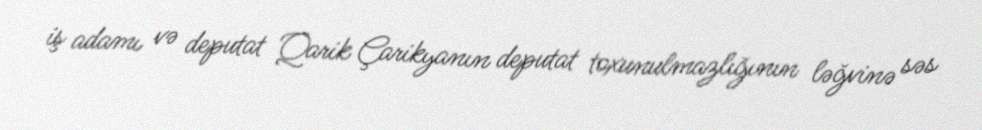
iş adamı və deputat Qarik Çarikyanın deputat toxunulmazlığının ləğvinə səs